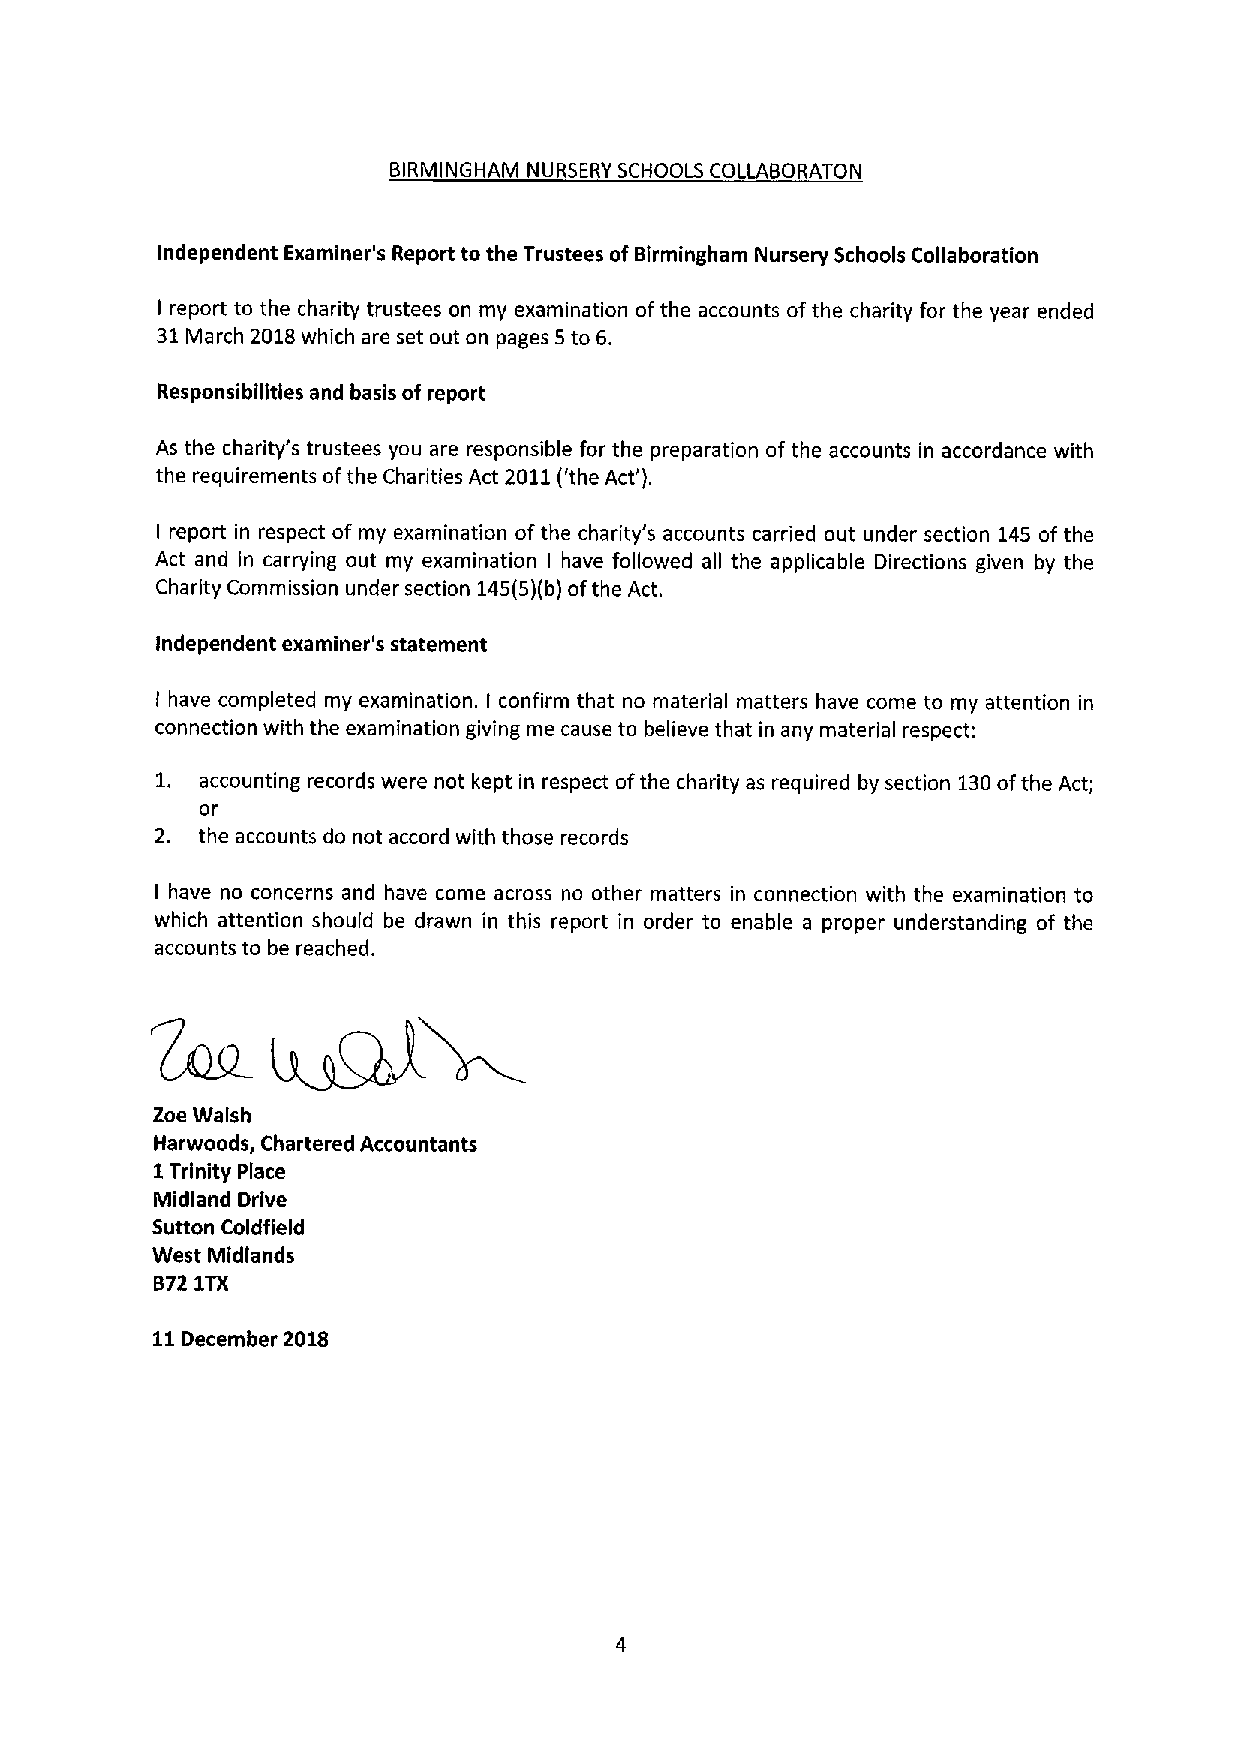
BIRMINGHAM NURSERY SCHOOLS COLLABORATON
 Independent Examiner's Report to the Trustees ofBirmingham Nursery Schools Collaboration
 I report to the charity trustees on my examination ofthe accounts ofthe charity for the year ended
 31March 2018which are set out on pages 5to 6.
 Responsibilities and basis of report
 As the charity's trustees you are responsible for the preparation of the accounts in accordance with
 the requirements ofthe Charities Act 2011('the Act').
 I report in respect of my examination ofthe charity's accounts carried out under section 145 of the
 Act and in carrying out my examination I have followed all the applicable Directions given by the
 Charity Commission under section 145(5)(b)ofthe Act.
 Independent examiner's statement
 I have completed my examination. I confirm that no material matters have come to my attention in
 connection with the examination giving me cause to believe that in any material respect:
 1. accounting records were not kept in respect ofthe charity as required by section 130ofthe Act;
 OI
 2. the accounts do not accord with those records
 I have no concerns and have come across no other matters in connection with the examination to
 which attention should be drawn in this report in order to enable a proper understanding of the
 accounts to be reached.
 Zoe Walsh
 Harwoods, Chartered Accountants
 1Trinity Place
 Midland Drive
 Sutton Coldfield
 West Midlands
 B721TX
 11December 2018